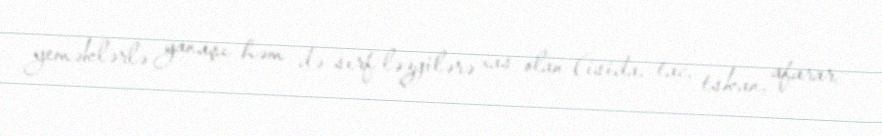
yeməklərlə yanaşı həm də sırf ləzgilərə xas olan (isida, tac, tskan, afarar,